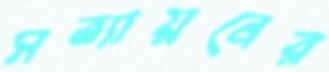
সত্যায়নের